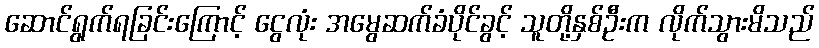
ဆောင်ရွက်ရခြင်းကြောင့် ငွေလုံး အမွေဆက်ခံပိုင်ခွင့် သူတို့နှစ်ဦးက လိုက်သွားမိသည်